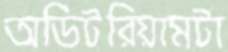
অডিটরিয়ামটা